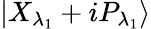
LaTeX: \left|{{X}_{{\lambda}_{1}}}+i{{P}_{{\lambda}_{1}}}\right\rangle